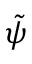
\tilde { \psi }